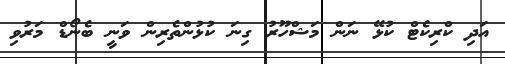
އަދި ކްރިކެޓް ކުޅޭ ނަން މަޝްހޫރު ގިނަ ކުޅުންތެރިން ވަނީ ބެނޯޑް މަރުވި